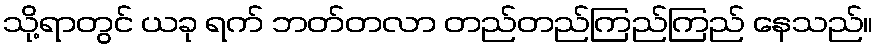
သို့ရာတွင် ယခု ရက် ဘတ်တလာ တည်တည်ကြည်ကြည် နေသည်။